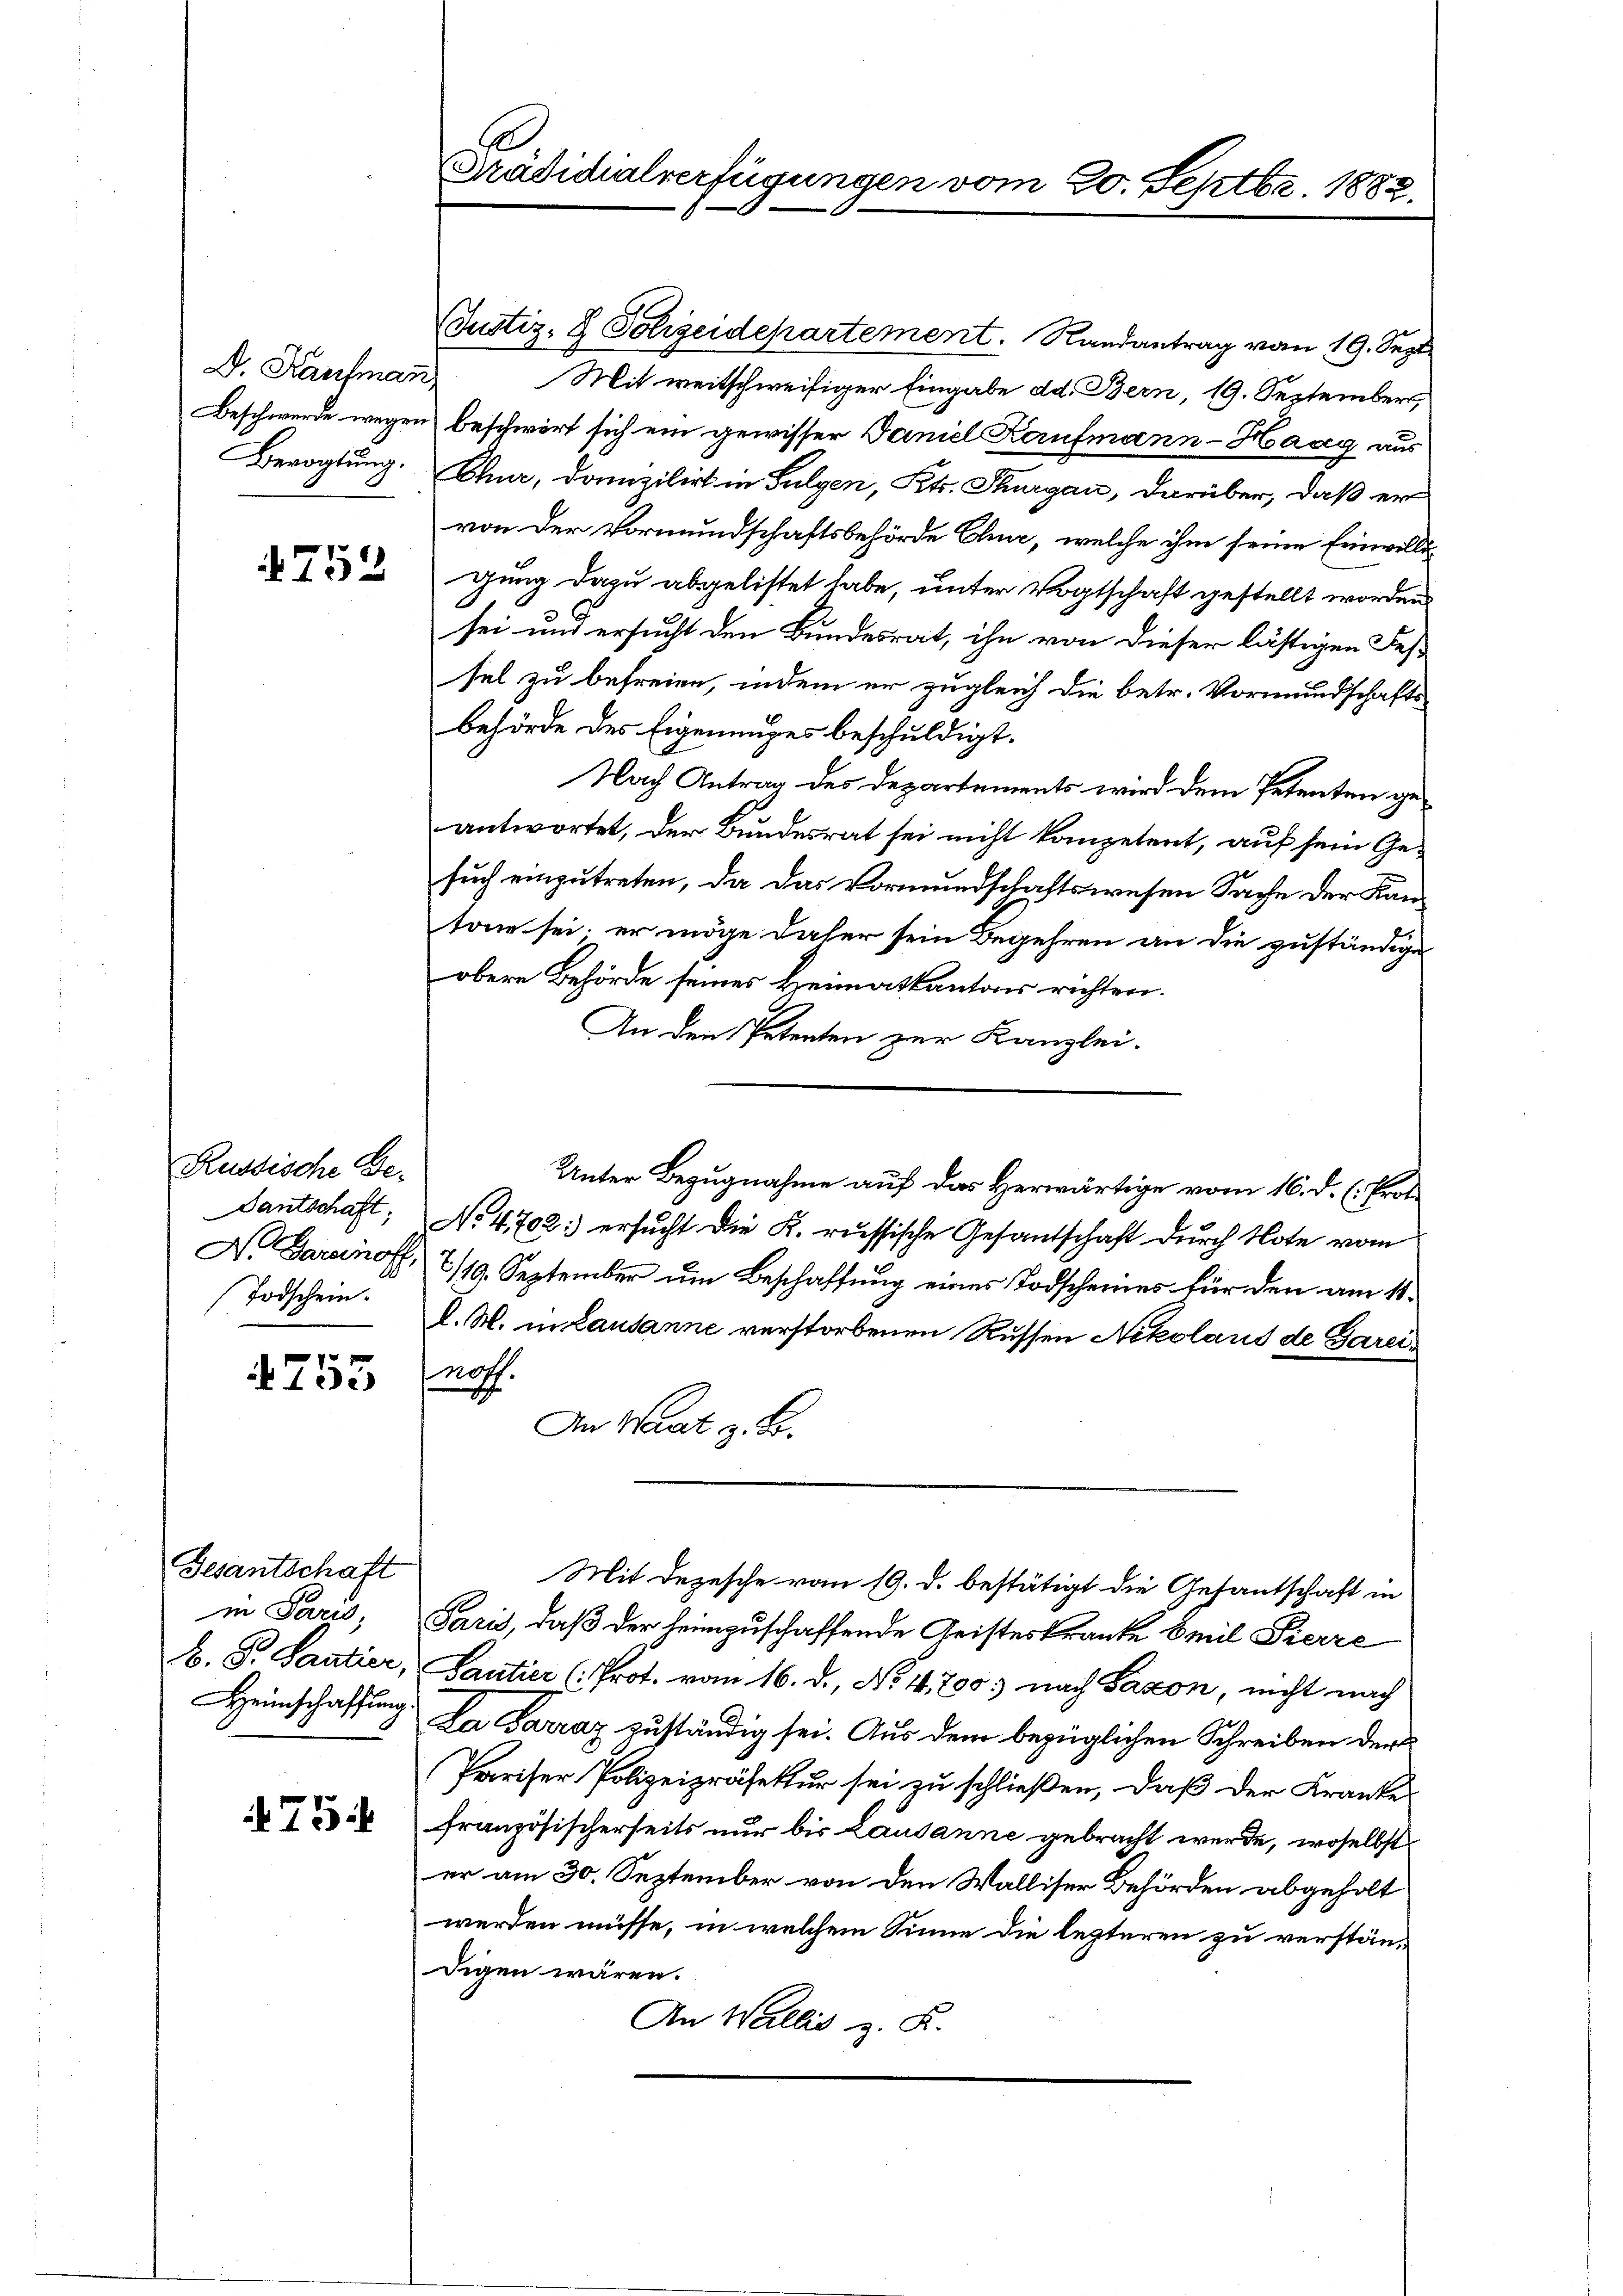
D. Kaufman

752

Russische Ge¬
Dantschaft.
Todschein.

755

Gesantschaft
in Paris,
b. Pr. Santier,
Heimschaffung

75

Prädidialverfügungen vom 20. Septbr. 1882

Justiz- & Polizeidepartement. Randantrag vom 19. Sept.
Mit weitschweifiger Eingabe dd. Bern, 19. September,
Beschwerde wegen beschwirt sich ein gewisser Daniel Kaufmann-Haag aus
Bevogtung. Chur, Domizilirt in Sulgen, Kts. Thurgau, darüber, daß er
von der Vormundschaftsbehörde Chur, welche ihm seine Einwilligung dazu abgelistet habe, unter Vogtschaft gestellt worden
sei und ersucht den Bundesrat, ihn von dieser lästigen Fessel zu befreien, indem er zugleich die betr. Vormundschafts
behörde des Eigeneiges beschuldigt.
Nach Antrag des Departements wird dem Petenten geantwortet, der Bundesrat sei nicht kompetent, auf sein Gesuch einzutreten, da das Vormundschaftswesen Sache der Kantone sei; er möge daher sein Begehren an die zuständige
obere Behörde seines Heimatkantons richten.
An den Petenten zur Kanzlei-
Unter Bezugnahme auf das Herwärtige vom 16. d. h. Prot
No. 4702: ersucht die K. russische Gesantschaft durch Note vom
Nr Garanoff, 7/19. September um Beschaffung eines Todscheines für den am 11.
d. M. in Lausanne verstorbenen Russen Nikolaus de Gareis
noff.
An Waat z. B.
Mit Depesche vom 19. d. bestätigt die Gesantschaft in
Paris, daß der heimzuschaffende Geisteskranke Emil Fierze
Santier (Prot. vom 16. d., No. 41,700. nach Saxon, nicht nach
La Sarraz zuständig sei. Aus dem bezüglichen Schreiben der
Pariser Polizeipräsektur sei zu schließen, daß der Kranke
französischerseits nur bis Lausanne gebracht werde, woselbst
er am 30. September von den Walliser Behörden abgeholt
werden müsse, in welchem Sinne die legteren zu verständigen wären.
An Wallis z. K.